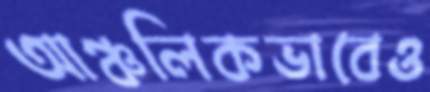
আঞ্চলিকভাবেও